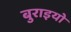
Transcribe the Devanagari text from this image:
बुराइयो